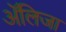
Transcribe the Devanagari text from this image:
अॅलिजा